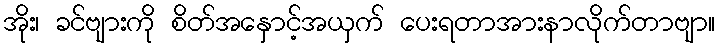
အိုး၊ ခင်ဗျားကို စိတ်အနှောင့်အယှက် ပေးရတာအားနာလိုက်တာဗျာ။